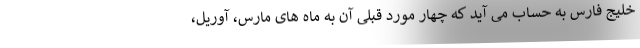
خلیج فارس به حساب می آید که چهار مورد قبلی آن به ماه های مارس، آوریل،